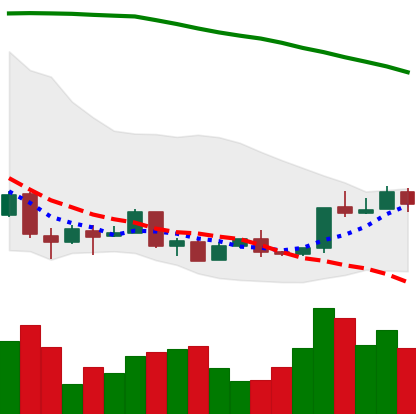
Ticker: XMR-USD
Chart end date: 2018-04-16
Forward return: 33.013%
Label: up_7plus